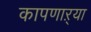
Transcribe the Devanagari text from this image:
कापणाऱ्या